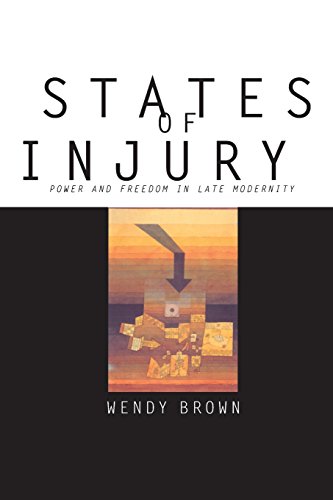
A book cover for States of Injury; Wendy Brown; Gay & Lesbian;